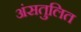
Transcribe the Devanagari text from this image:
अंसतुलित